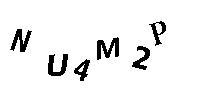
NU4M2P